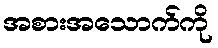
အစားအသောက်ကို